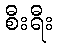
စီးရီး